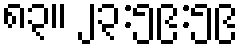
၈၃။ ၂၃:၅၉:၅၉